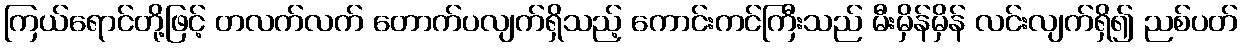
ကြယ်ရောင်တို့ဖြင့် တလက်လက် တောက်ပလျက်ရှိသည့် ကောင်းကင်ကြီးသည် မီးမှိန်မှိန် လင်းလျက်ရှိ၍ ညစ်ပတ်